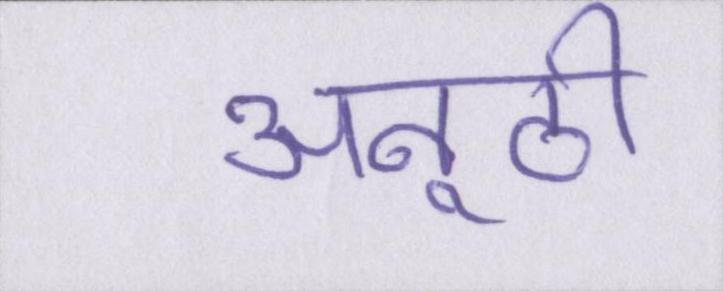
अनूठी